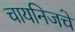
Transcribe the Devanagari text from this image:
चायनिजचे